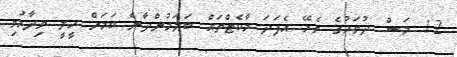
12 މަސް ދުވަހުގެ ތެރޭ އެފަދަ މާކެޓްތައް ބަލަމުންދާނެ ކަމަށް ހީލީ ވިދާޅުވި